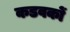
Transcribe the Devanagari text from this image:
कडवकों